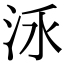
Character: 𣳛